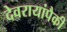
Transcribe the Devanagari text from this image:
देवरायांपैकी